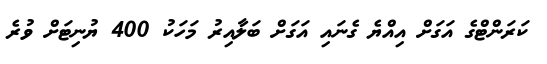
ކަރަންޓްގެ އަގަށް އިއްޔެ ގެނައި އަގަށް ބަލާއިރު މަހަކު 400 ޔުނިޓަށް ވުރެ